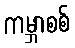
ကမ္ဘာစစ်